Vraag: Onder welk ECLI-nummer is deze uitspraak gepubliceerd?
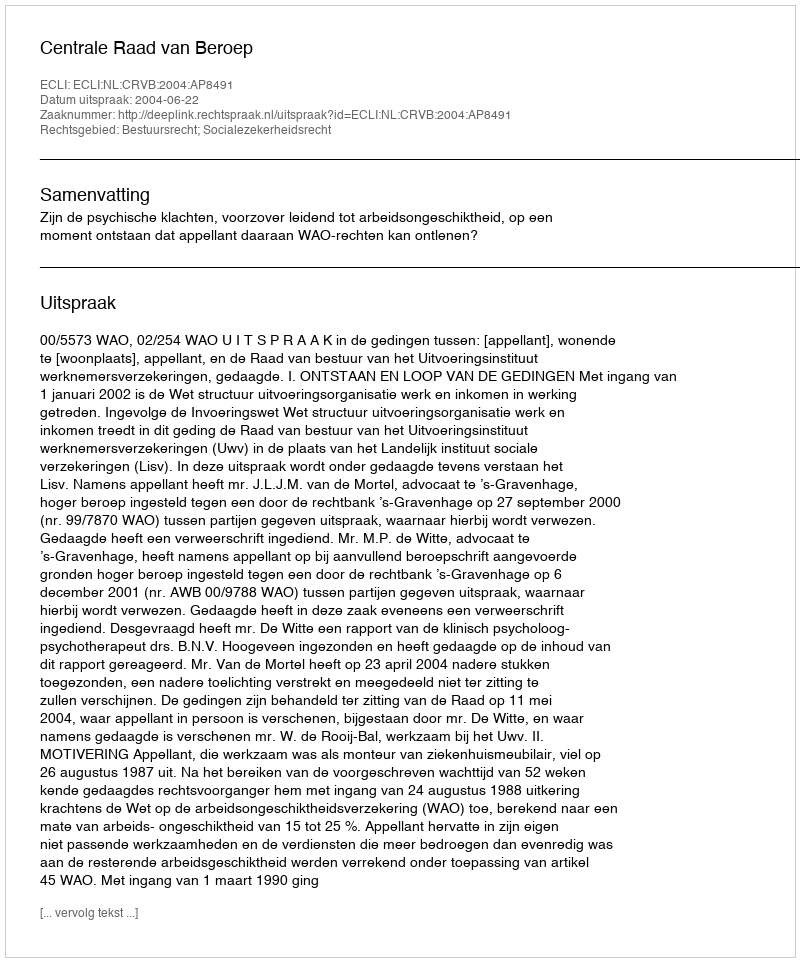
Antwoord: ECLI:NL:CRVB:2004:AP8491